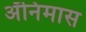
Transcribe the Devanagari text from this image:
ॲनिमास